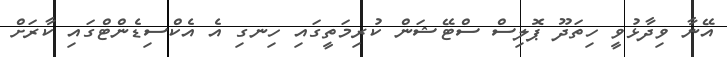
އޭނާ ވިދާޅުވީ ހިތަދޫ ޕޮލިސް ސްޓޭޝަން ކުރިމަތީގައި ހިނގި އެ އެކްސިޑެންޓްގައި ކާރަށް